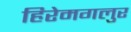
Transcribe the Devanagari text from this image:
हिरेमगलुर